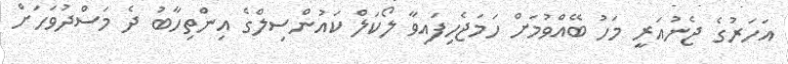
އަހަރުގެ ޖެނުއަރީ މަހު ބޭއްވުމަށް ހަމަޖެހިފައިވާ ލޯކަލް ކައުންސިލްގެ އިންތިހާބު ދެ މަސްދުވަހަށް